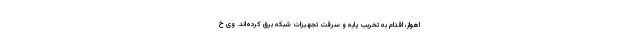
اهواز، اقدام به تخریب پایه و سرقت تجهیزات شبکه برق کرده‌اند. وی خ